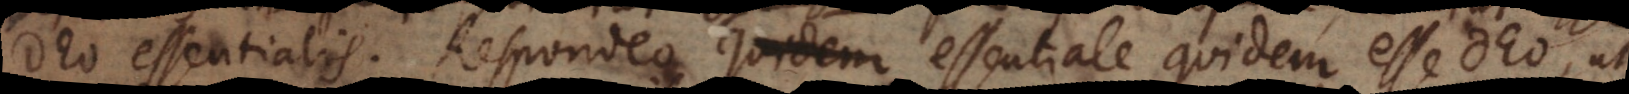
Deo essentialis. Respondeo essentiale quidem esse Deo, ut